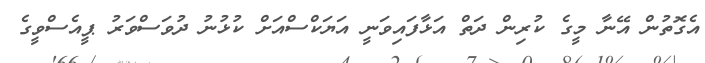
އެގޮތުން އޭނާ މީގެ ކުރިން ދަތް އަޅާފައިވަނީ އަޔަކްސްއަށް ކުޅުނު ދުވަސްވަރު ޕީއެސްވީގެ